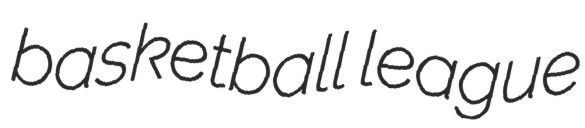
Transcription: basketball league